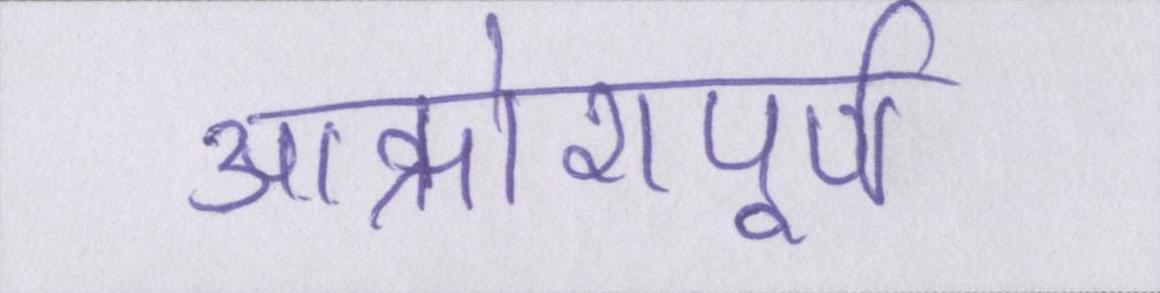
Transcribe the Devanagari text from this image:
आक्रोशपूर्ण